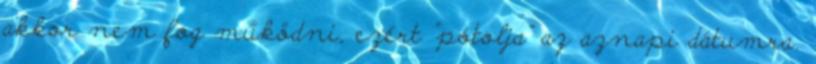
akkor nem fog működni, ezért "pótolja" az aznapi dátumra.